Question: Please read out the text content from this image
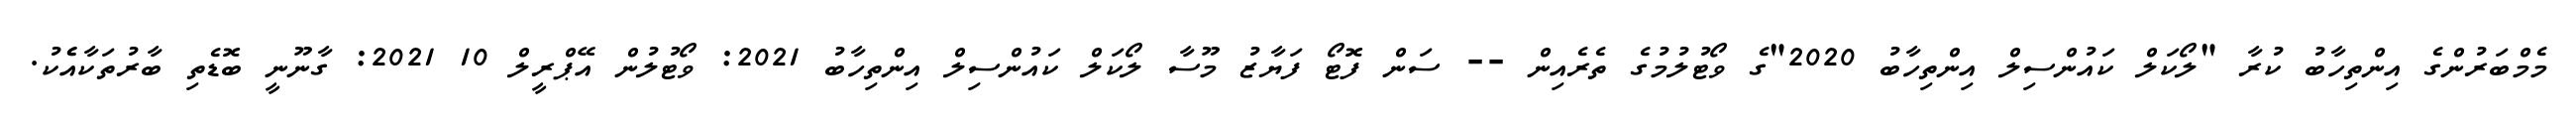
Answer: މެމްބަރުންގެ އިންތިހާބު ކުރާ "ލޯކަލް ކައުންސިލް އިންތިހާބު 2020"ގެ ވޯޓުލުމުގެ ތެރެއިން -- ސަން ފޮޓޯ ފަޔާޒު މޫސާ ލޯކަލް ކައުންސިލް އިންތިހާބު 2021: ވޯޓުލުން އޭޕްރީލް 10 2021: ގާނޫނީ ބޮޑެތި ބާރުތަކާއެެކު.